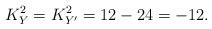
LaTeX: \begin{align*}K_Y^2=K_{Y^{\prime}}^2=12-24=-12.\end{align*}